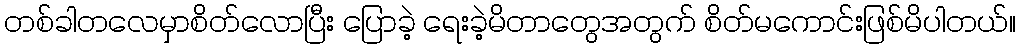
တစ်ခါတလေမှာစိတ်လောပြီး ပြောခဲ့ ရေးခဲ့မိတာတွေအတွက် စိတ်မကောင်းဖြစ်မိပါတယ်။